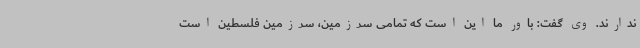
ندارند. وی گفت: باور ما این است که تمامی سرزمین، سرزمین فلسطین است